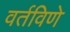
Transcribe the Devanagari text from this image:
वर्तविणे